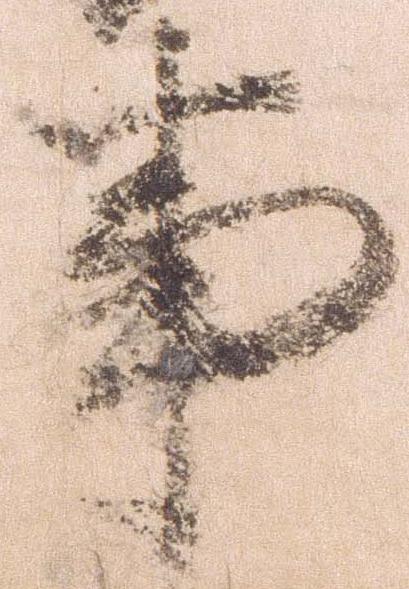
事